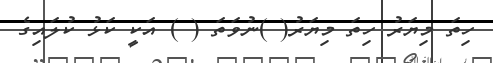
ހިތަ މިޔަރު ހިތަ މިޔަރު( )ނުވަތަ ( ) އަކީ ކަޅު ކުލައިގެ